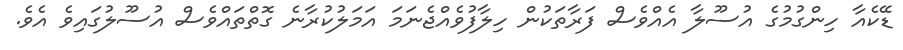
ޑޭކެއާ ހިންގުމުގެ އުސޫލާ އެއްވެސް ފަރާތަކުން ހިލާފުވެއްޖެނަމަ އަމަލުކުރާނެ ގޮތްތައްވެސް އުސޫލުގައިވެ އެވެ.